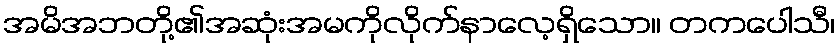
အမိအဘတို့၏အဆုံးအမကိုလိုက်နာလေ့ရှိသော။ တကပေါသီ၊